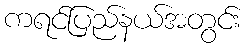
ကရင်ပြည်နယ်အတွင်း